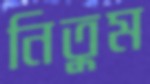
নিতুম